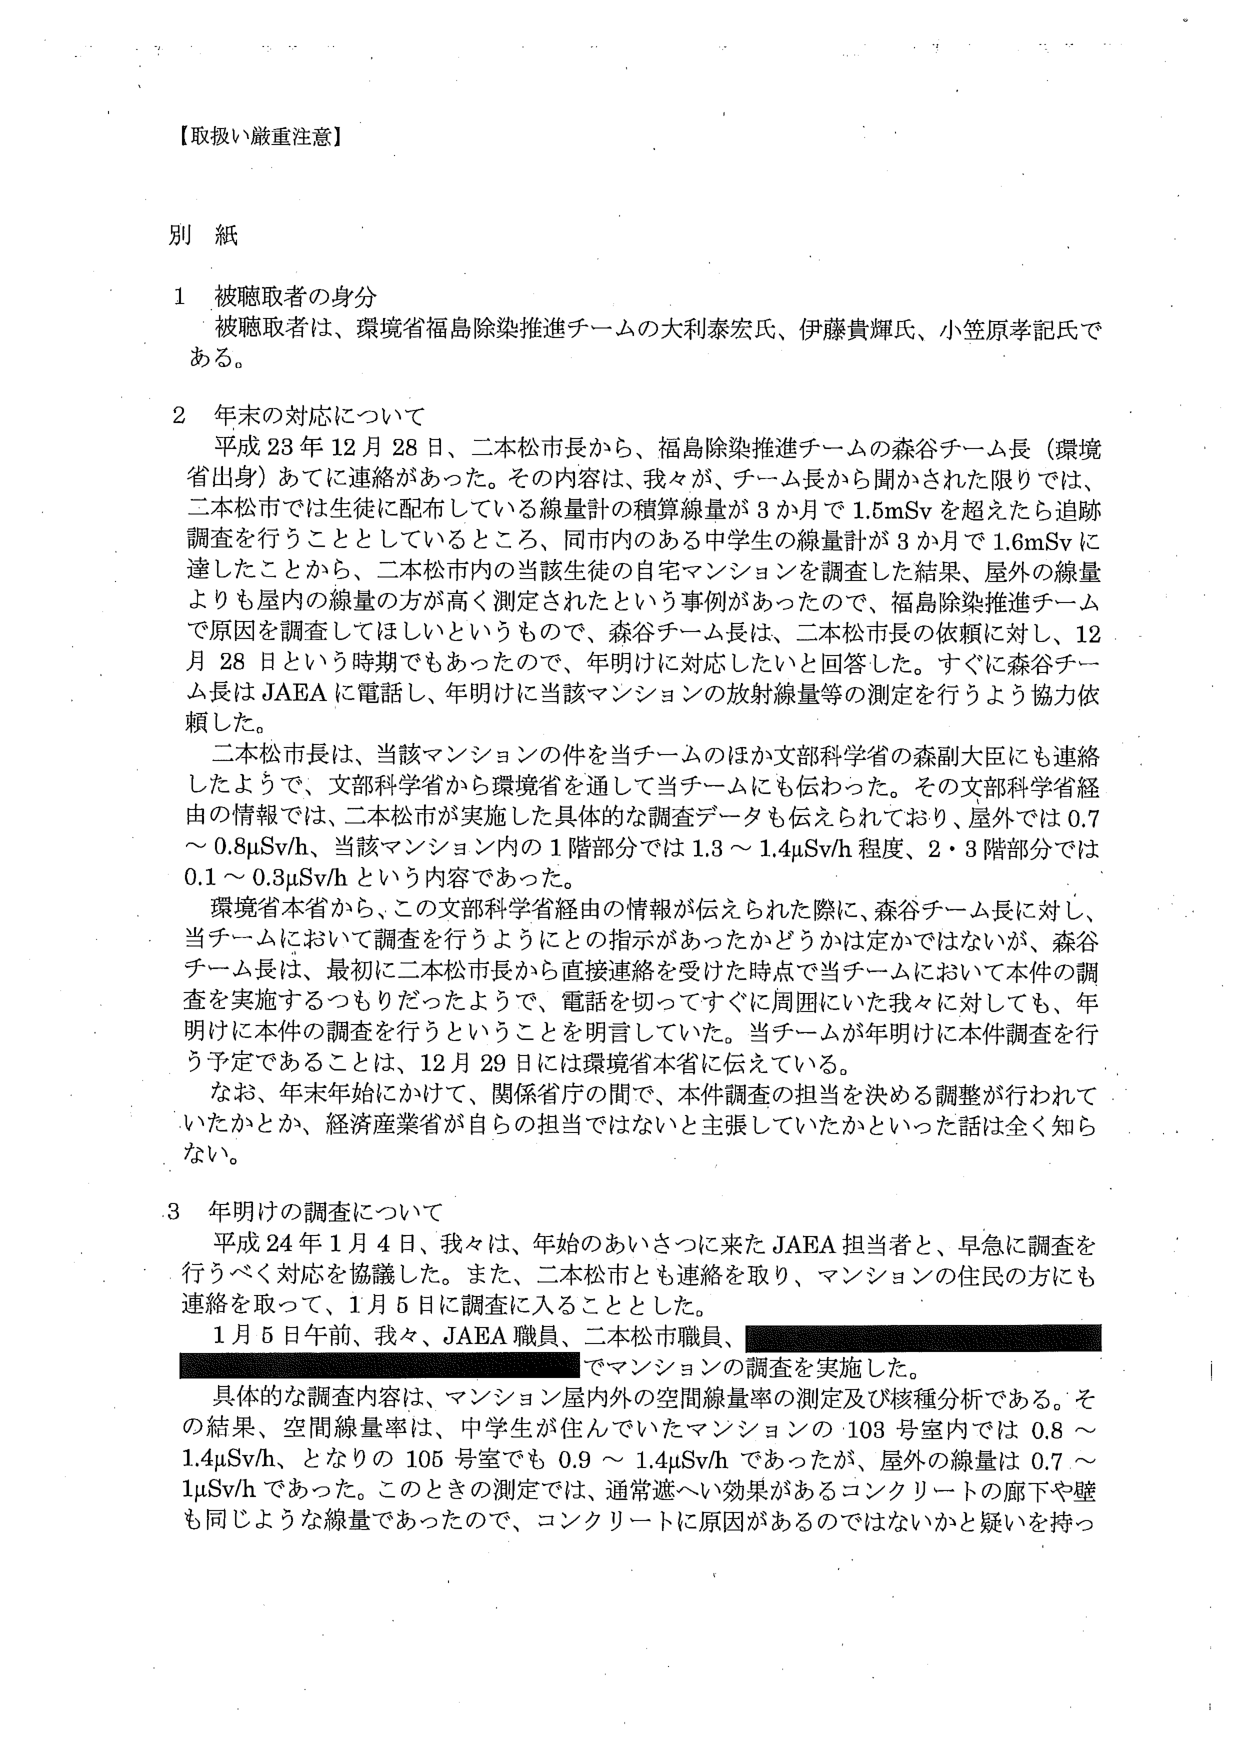
【取扱い厳重注意】

別紙

1 被聴取者の身分
被聴取者は、環境省福島除染推進チームの大利泰宏氏、伊藤貴輝氏、小笠原孝記氏である。

2 年末の対応について
平成23年12月28日、二本松市長から、福島除染推進チームの森谷チーム長（環境省出身）あてに連絡があった。その内容は、我々が、チーム長から聞かされた限りでは、二本松市では生徒に配布している線量計の積算線量が3か月で1.5mSvを超えたら追跡調査を行うこととしているところ、同市内のある中学生の線量計が3か月で1.6mSvに達したことから、二本松市内の当該生徒の自宅マンションの線量を調査した結果、屋外の線量よりも屋内の線量の方が高く測定されたという事例があったので、福島除染推進チームで原因を調査してほしいというもので、森谷チーム長は、二本松市長の依頼に対し、12月28日という時期でもあったので、年明けに対応したいと回答した。すぐに森谷チーム長はJAEAに電話し、年明けに当該マンションの放射線量等の測定を行うよう協力依頼した。

二本松市長は、当該マンションの件を当チームのほか文部科学省の森副大臣にも連絡したようで、文部科学省から環境省を通じて当チームにも伝わった。その文部科学省経由の情報では、二本松市が実施した具体的な調査データも伝えられており、屋外では0.7～0.8μSv/h、当該マンション内の1階部分では1.3～1.4μSv/h程度、2・3階部分では0.1～0.3μSv/hという内容であった。

環境省本省から、この文部科学省経由の情報が伝えられた際に、森谷チーム長に対し、当チームにおいて調査を行うようにとの指示があったかどうかは定かではないが、森谷チーム長は、最初に二本松市長から直接連絡を受けた時点で当チームにおいて本件の調査を実施するつもりだったようで、電話を切ってすぐに周囲にいた我々に対しても、年明けに本件の調査を行うということを明言していた。当チームが年明けに本件調査を行う予定であることは、12月29日には環境省本省に伝えている。

なお、年末年始にかけて、関係省庁の間で、本件調査の担当を決める調整が行われていたかとか、経済産業省が自らの担当ではないと主張していたかといった話は全く知らない。

3 年明けの調査について
平成24年1月4日、我々は、年始のあいさつに来たJAEA担当者と、早急に調査を行うべく対応を協議した。また、二本松市とも連絡を取り、マンションの住民の方にも連絡を取って、1月5日に調査に入ることとした。

1月5日午前、我々、JAEA職員、二本松市職員、[黒塗り]でマンションの調査を実施した。

具体的な調査内容は、マンション屋内外の空間線量率の測定及び核種分析である。その結果、空間線量率は、中学生が住んでいたマンションの103号室内では0.8～1.4μSv/h、となりの105号室でも0.9～1.4μSv/hであったが、屋外の線量は0.7～1μSv/hであった。このときの測定では、通常遮へい効果があるコンクリートの廊下や壁も同じような線量であったので、コンクリートに原因があるのではないかと疑いを持っ